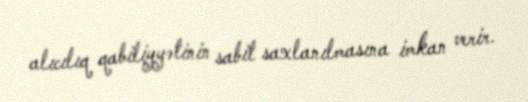
alıcılıq qabiliyyətinin sabit saxlanılmasına imkan verir.